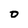
Character: 0